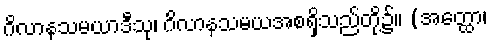
ဂိလာနသမယာဒီသု၊ ဂိလာနသမယအစရှိသည်တို့၌။ (အတ္ထော၊